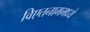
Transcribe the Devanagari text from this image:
विएतनाममध्ये